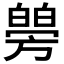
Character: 𤾜